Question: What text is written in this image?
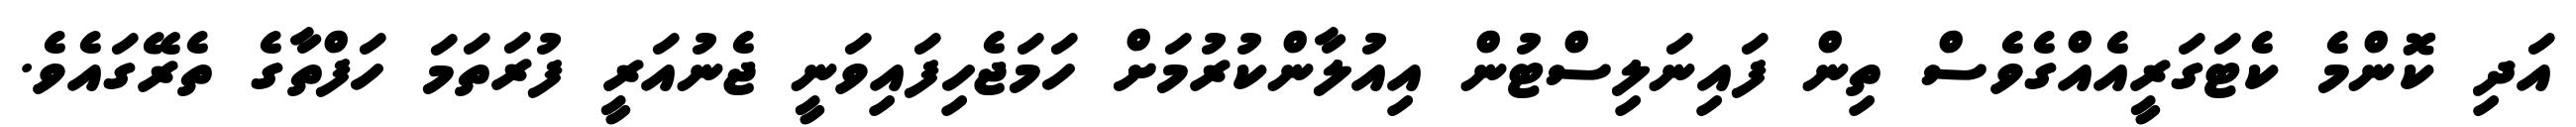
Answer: އަދި ކޮންމެ ކެޓަގަރީއެއްގެވެސް ތިން ފައިނަލިސްޓުން އިއުލާންކުރުމަށް ހަމަޖެހިފައިވަނީ ޖެނުއަރީ ފުރަތަމަ ހަފްތާގެ ތެރޭގައެވެ.